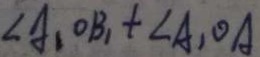
\angle A _ { 1 } O B _ { 1 } + \angle A _ { 1 } O A